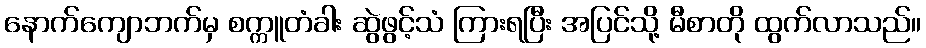
နောက်ကျောဘက်မှ စက္ကူတံခါး ဆွဲဖွင့်သံ ကြားရပြီး အပြင်သို့ မီစာတို ထွက်လာသည်။